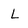
Character: L